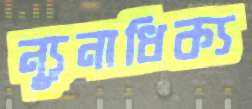
ন্যূনাধিক্য